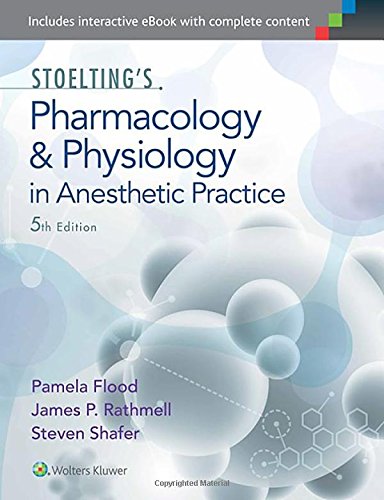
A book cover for Stoelting's Pharmacology & Physiology in Anesthetic Practice; Pamela Flood MD  MA; Medical Books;